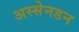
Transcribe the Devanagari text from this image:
अस्सेनडन